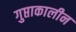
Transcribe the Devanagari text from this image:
गुप्ताकालीन